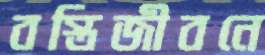
বস্তিজীবনে